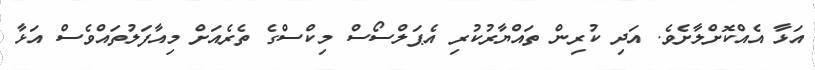
އަޅާ އެއްކޮށްލާށެވެ. އަދި ކުރިން ތައްޔާރުކުރި އެޕަލްސޯސް މިކްސްގެ ތެރެއަށް މިއާފަލުތައްވެސް އަޅާ